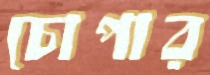
চোপার